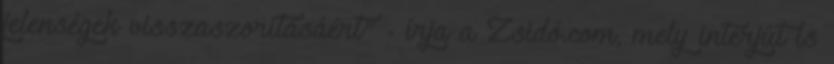
jelenségek visszaszorításáért" - írja a Zsidó.com, mely interjút is